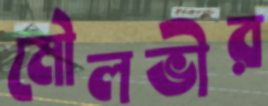
মৌলভীর